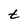
Character: t